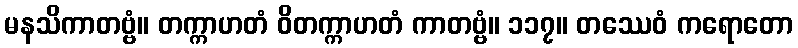
မနသိကာတဗ္ဗံ။ တက္ကာဟတံ ဝိတက္ကာဟတံ ကာတဗ္ဗံ။ ၁၁၇။ တဿေဝံ ကရောတော